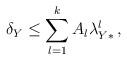
LaTeX: \begin{align*}\delta_Y& \leq \sum_{l=1}^k A_l \lambda_{Y*}^l\,,\end{align*}